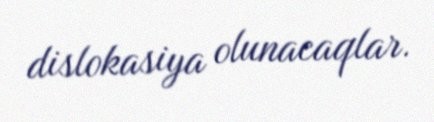
dislokasiya olunacaqlar.